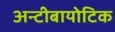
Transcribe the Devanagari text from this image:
अन्टीबायोटिक